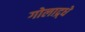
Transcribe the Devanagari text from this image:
गोलाद्र्धे